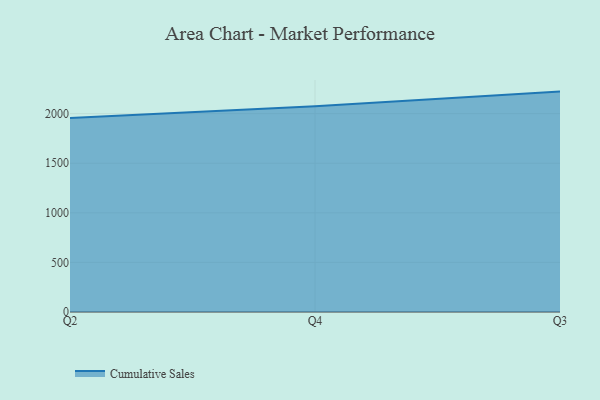
{"axis": {"x": "Quarter", "y": "Bounce Rate (%)"}, "legend": ["Cumulative Sales"], "data": [{"x": "Q2", "y": 1957.3, "type": "Cumulative Sales"}, {"x": "Q4", "y": 2075.3, "type": "Cumulative Sales"}, {"x": "Q3", "y": 2222.5, "type": "Cumulative Sales"}]}